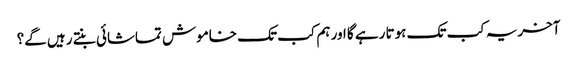
آخریہ کب تک ہوتا رہے گا اور ہم کب تک خاموش تماشائی بنتے رہیں گے؟